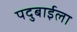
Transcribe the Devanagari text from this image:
पदुबाईला